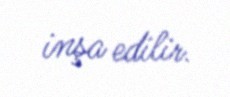
inşa edilir.